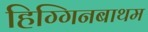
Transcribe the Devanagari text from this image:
हिग्गिनबाथम